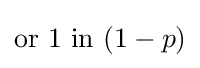
{\textstyle {\text{or }}1{\text{ in }}(1-p)}